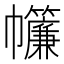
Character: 𢆁